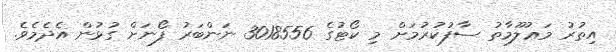
އިތުރު މަޢުލޫމާތު ސާފުކުރުމަށް މި ކޯޓުގެ 3018556 ނަންބަރު ފޯނަށް ގުޅުން އެދެމެވެ.